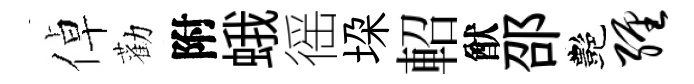
倬勸附蛾徭垜軺猷邵艷缠